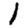
Digit: 1